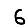
Digit: 6